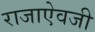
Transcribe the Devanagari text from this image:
राजाएेवजी